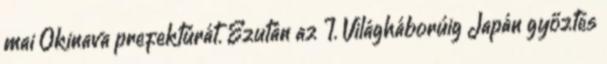
mai Okinava prefektúrát. Ezután az I. Világháborúig Japán győztes